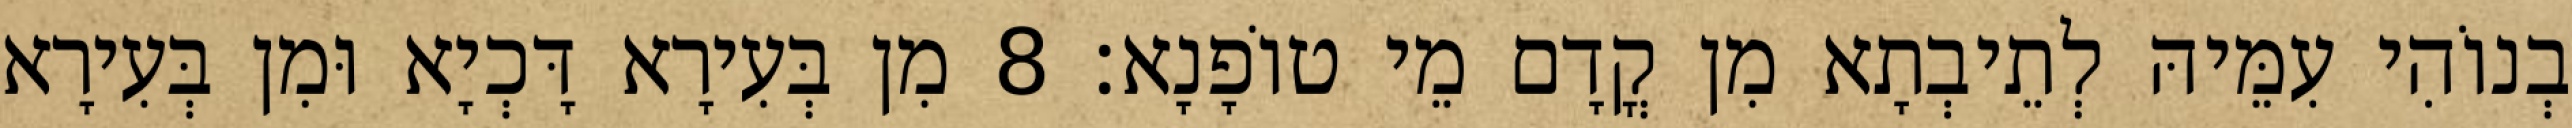
בְנוֹהִי עִמֵּיהּ לְתֵיבְתָא מִן קֳדָם מֵי טוֹפָנָא׃ 8 מִן בְּעִירָא דָּכְיָא וּמִן בְּעִירָא